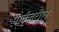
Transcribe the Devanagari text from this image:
पार्कवरील